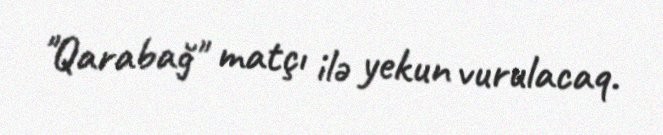
"Qarabağ" matçı ilə yekun vurulacaq.